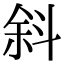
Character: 斜